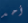
أحد